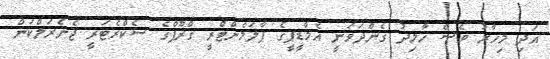
އަދި މިހާރު ވެސް ހާމިދު ގެންދަވަނީ އެމްޑީޕީގެ ޕާލަމެންޓްރީ ގްރޫޕްގެ ސެކްރެޓަރީ ޖެނެރަލްކަން